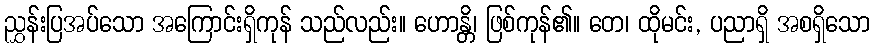
ညွှန်းပြအပ်သော အကြောင်းရှိကုန် သည်လည်း။ ဟောန္တိ၊ ဖြစ်ကုန်၏။ တေ၊ ထိုမင်း, ပညာရှိ အစရှိသော